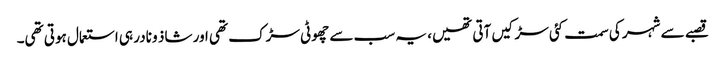
قصبے سے شہر کی سمت کئی سڑکیں آتی تھیں، یہ سب سے چھوٹی سڑک تھی اور شاذ و نادر ہی استعمال ہوتی تھی۔